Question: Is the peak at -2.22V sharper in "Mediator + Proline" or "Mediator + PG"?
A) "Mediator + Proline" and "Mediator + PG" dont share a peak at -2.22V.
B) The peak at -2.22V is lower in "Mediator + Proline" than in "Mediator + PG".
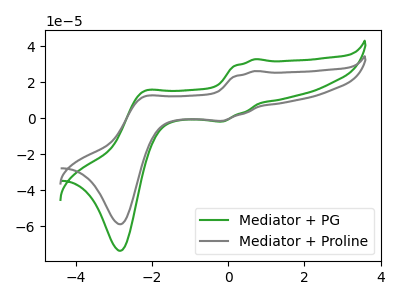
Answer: <think>The green curve "Mediator + PG" has anodic peaks at (0.70V, 32.70uA) (-2.20V, 14.75uA) and cathodic peaks at (-0.15V, -1.85uA) (-2.80V, -73.45uA). The gray curve "Mediator + Proline" has anodic peaks at (0.70V, 26.15uA) (-2.20V, 11.80uA) and cathodic peaks at (-0.15V, -1.45uA) (-2.80V, -58.75uA).</think>
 <answer>B) The peak at -2.22V is lower in "Mediator + Proline" than in "Mediator + PG".</answer>
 <eval>B</eval>